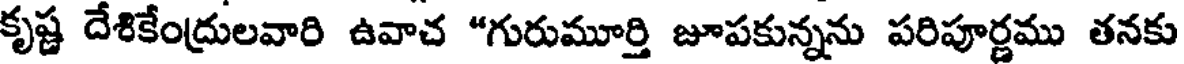
కృష్ణ దేశికేంద్రులవారి ఉవాచ "గురుమూర్తి జూపకున్నను పరిపూర్ణము తనకు